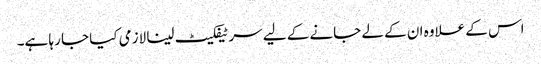
اس کے علاوہ ان کے لے جانے کے لیے سرٹیفکیٹ لینا لازمی کیا جا رہا ہے۔